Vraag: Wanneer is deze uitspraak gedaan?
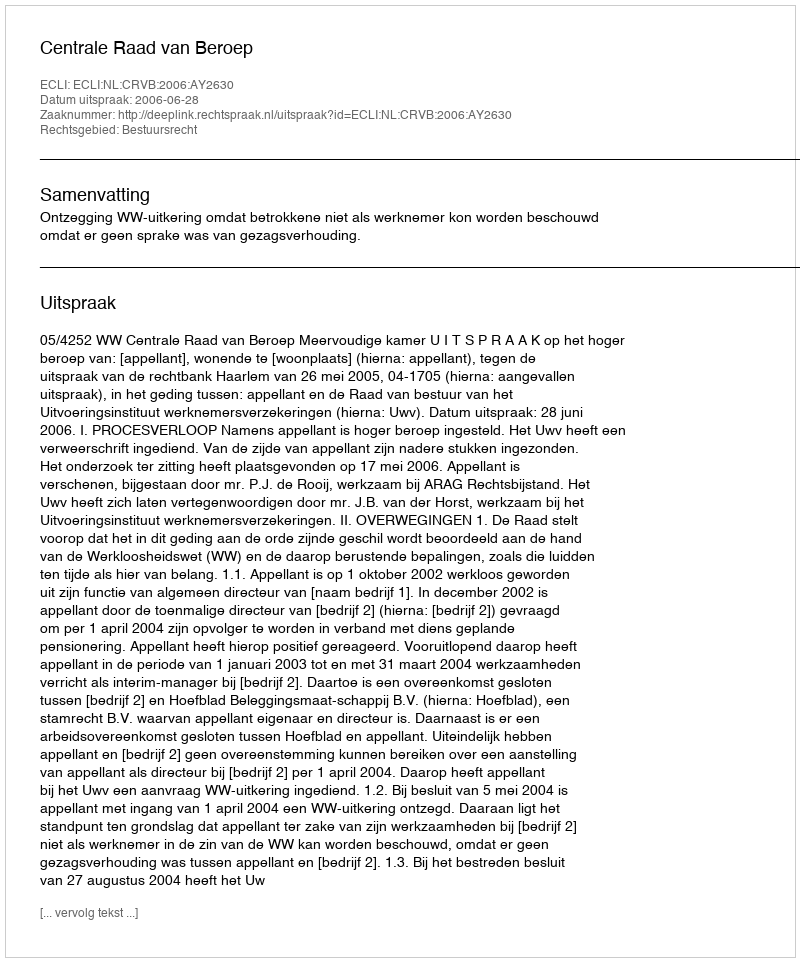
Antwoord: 2006-06-28